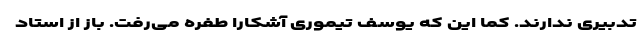
تدبیری ندارند. کما این که یوسف تیموری آشکارا طفره می‌رفت. باز از استاد